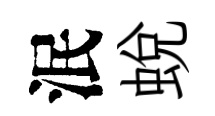
泯蛻